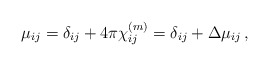
\begin{align*}\mu_{ij}=\delta_{ij}+4\pi\chi^{(m)}_{ij}=\delta_{ij}+\Delta\mu_{ij}\,,\end{align*}